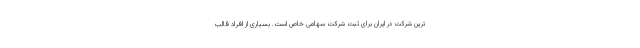
ترین شرکت در ایران برای ثبت شرکت سهامی خاص است. بسیاری از افراد قالب